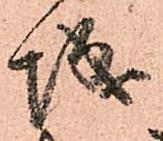
城